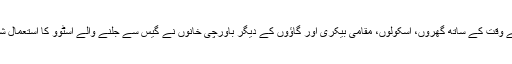
گزرتے ہوئے وقت کے ساتھ گھروں، اسکولوں، مقامی بیکری اور گاؤوں کے دیگر باورچی خانوں نے گیس سے جلنے والے اسٹوو کا استعمال شروع کر دیا۔